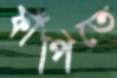
ফাঁপিতে